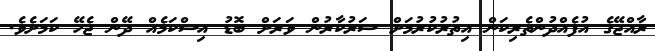
ރާއްޖޭގެ އުފެއްދުންތެރިކަން އިތުރުކުރުމަށް ސަރުކާރުން ވަރަށް ބޮޑު އިސްކަމެއް ދޭން ޖެހޭ ކަމަށެވެ.